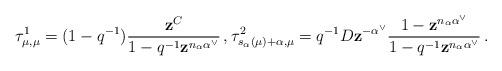
LaTeX: \begin{align*}\tau_{\mu,\mu}^{1} = (1-q^{-1})\dfrac{\mathbf{z}^C}{1 - q^{-1} \mathbf{z}^{n_{\alpha} \alpha^{\vee}}} \, , \tau_{s_{\alpha}(\mu) + \alpha, \mu}^{2} = q^{-1} D \mathbf{z}^{- \alpha^{\vee}}\dfrac{1 - \mathbf{z}^{n_{\alpha} \alpha^{\vee}}}{1 - q^{-1} \mathbf{z}^{n_{\alpha}\alpha^{\vee}}} \, .\end{align*}